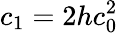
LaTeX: c_{1}=2hc_{0}^{2}